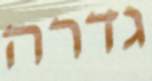
גדרה